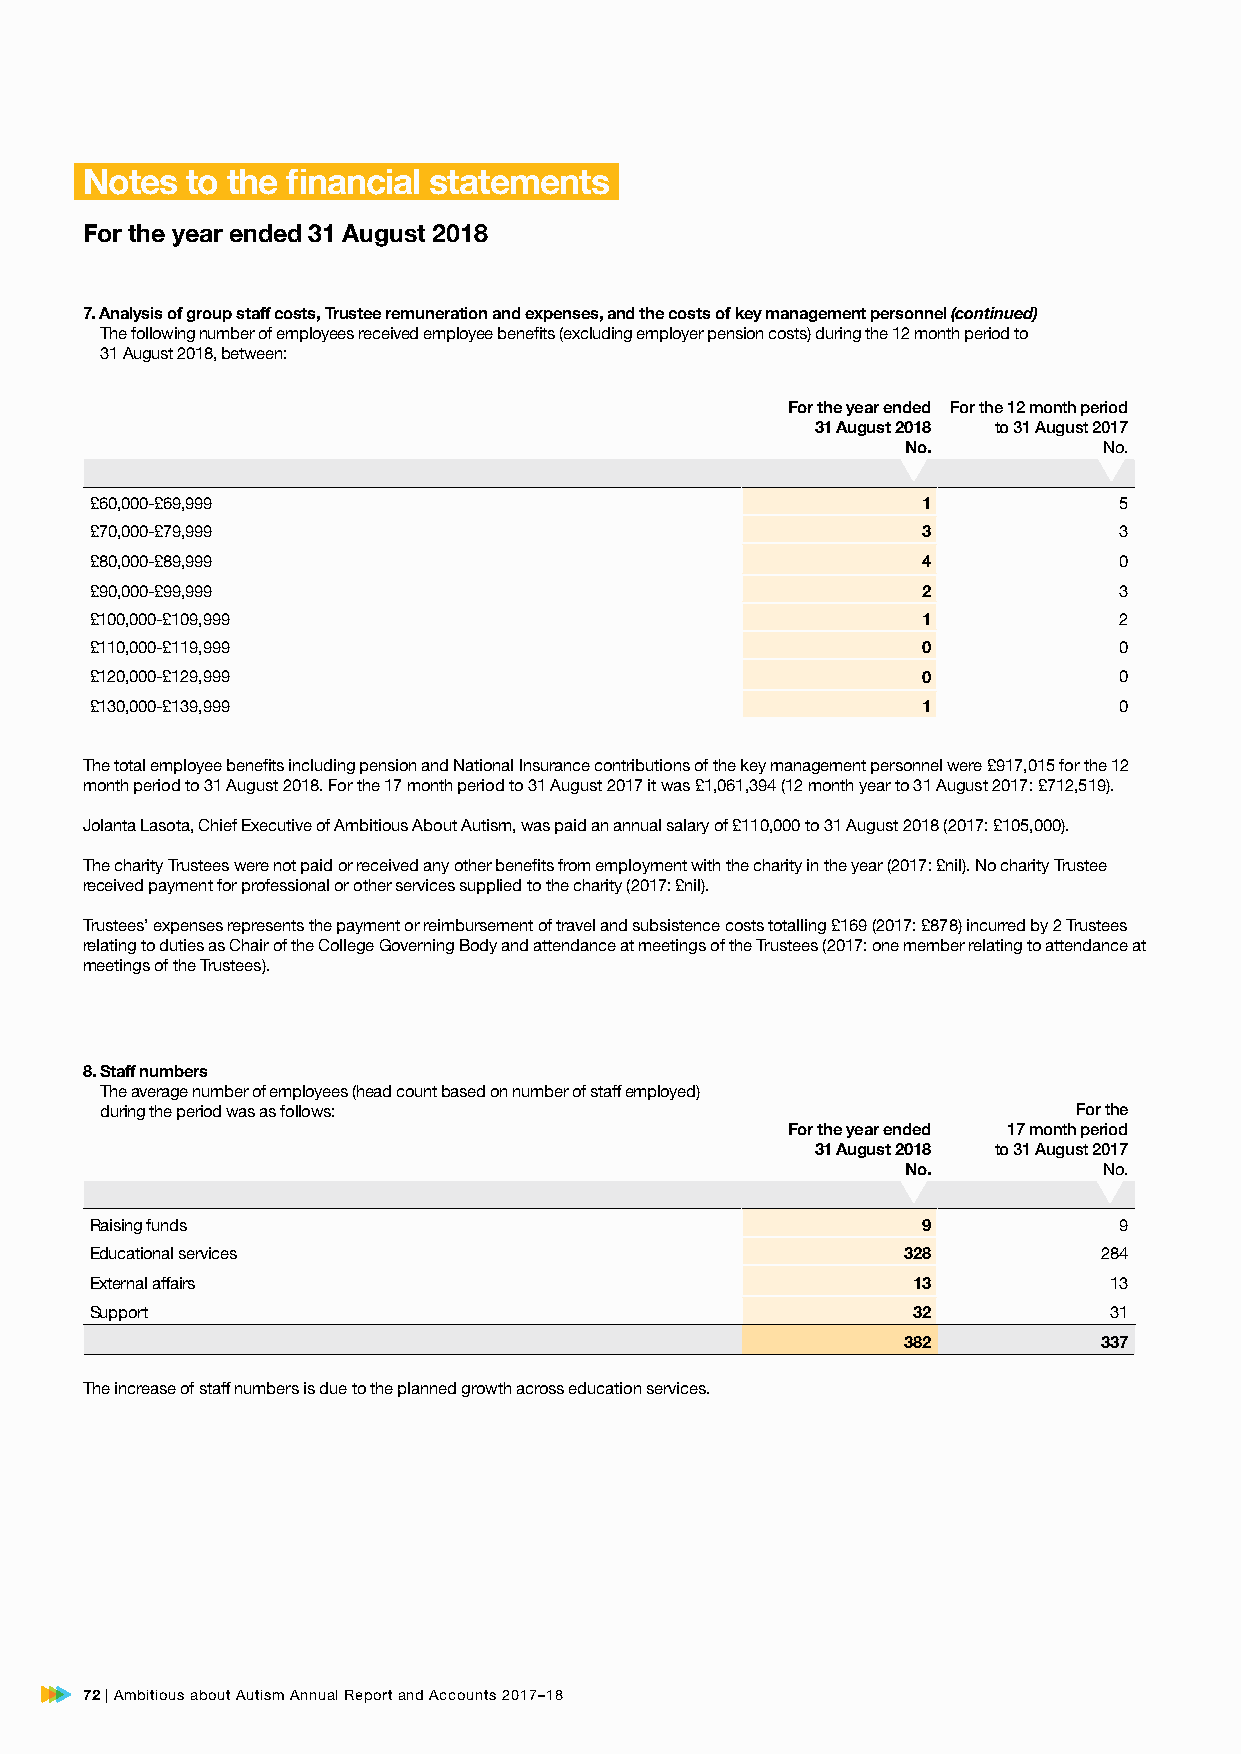
Notes  to the financial statements
 For the year ended 31 August 2018
 7. Analysis of group staff costs, Trustee remuneration and expenses, and the costs of key management personnel (continued)
 The following number of employees received employee benefits (excluding employer pension costs) during the 12 month period to
 31 August 2018, between:
 For the year ended For the 12 month period
 31 August 2018 to 31 August 2017
 No.          No.
 £60,000-£69,999                                        1            5
 £70,000-£79,999                                        3            3
 £80,000-£89,999                                        4            0
 £90,000-£99,999                                        2            3
 £100,000-£109,999                                      1            2
 £110,000-£119,999                                      0            0
 £120,000-£129,999                                      0            0
 £130,000-£139,999                                      1            0
 The total employee benefits including pension and National Insurance contributions of the key management personnel were £917,015 for the 12
 month period to 31 August 2018. For the 17 month period to 31 August 2017 it was £1,061,394 (12 month year to 31 August 2017: £712,519).
 Jolanta Lasota, Chief Executive of Ambitious About Autism, was paid an annual salary of £110,000 to 31 August 2018 (2017: £105,000).
 The charity Trustees were not paid or received any other benefits from employment with the charity in the year (2017: £nil). No charity Trustee
 received payment for professional or other services supplied to the charity (2017: £nil).
 Trustees’ expenses represents the payment or reimbursement of travel and subsistence costs totalling £169 (2017: £878) incurred by 2 Trustees
 relating to duties as Chair of the College Governing Body and attendance at meetings of the Trustees (2017: one member relating to attendance at
 meetings of the Trustees).
 8. Staff numbers
 The average number of employees (head count based on number of staff employed)
 during the period was as follows:                               For the
 For the year ended 17 month period
 31 August 2018 to 31 August 2017
 No.          No.
 Raising funds                                          9            9
 Educational services                                  328          284
 External affairs                                      13           13
 Support                                               32           31
 382          337
 The increase of staff numbers is due to the planned growth across education services.
 72 | Ambitious about Autism Annual Report and Accounts 2017–18